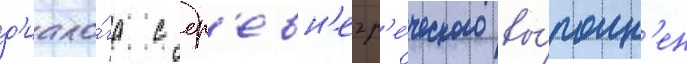
д'иало́га с др'евн'егр'е́ческого вы́полн'ен